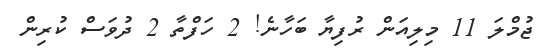
ޖުމްލަ 11 މިލިއަން ރުފިޔާ ބަހާނެ! 2 ހަފްތާ 2 ދުވަސް ކުރިން